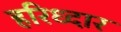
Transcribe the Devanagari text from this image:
हरिध्दार